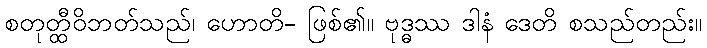
စတုတ္ထီဝိဘတ်သည်၊ ဟောတိ- ဖြစ်၏။ ဗုဒ္ဓဿ ဒါနံ ဒေတိ စသည်တည်း။